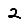
Digit: 2